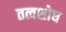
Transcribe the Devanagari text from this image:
तत्वशोध